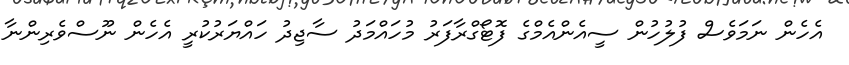
އެހެން ނަމަވެސް ފުލުހުން ސީއެންއެމްގެ ފޮޓޯގްރާފަރު މުހައްމަދު ސާޖިދު ހައްޔަރުކުރީ އެހެން ނޫސްވެރިންނާ